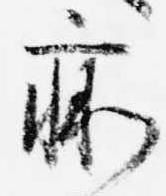
痢